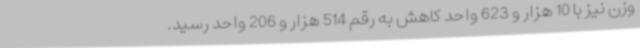
وزن نیز با 10 هزار و 623 واحد کاهش به رقم 514 هزار و 206 واحد رسید.